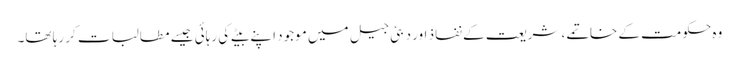
وہ حکومت کے خاتمے، شریعت کے نفاذ اور دبئی جیل میں موجود اپنے بیٹے کی رہائی جیسے مطالبات کر رہا تھا۔